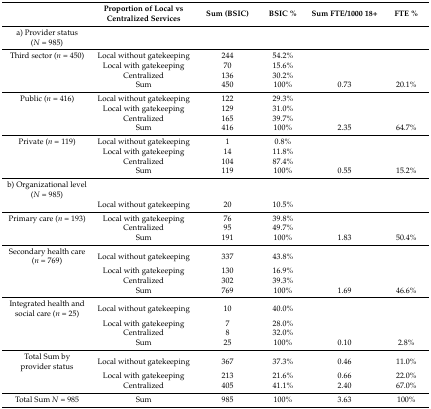
|  | Proportion of Local vs Centralized Services | Sum (BSIC) | BSIC % | Sum FTE/1000 18+ | FTE % |
 | --- | --- | --- | --- | --- | --- |
 | a) Provider status (N = 985) |  |  |  |  |  |
 | Third sector (n = 450) | Local without gatekeeping | 244 | 54.2% |  |  |
 |  | Local with gatekeeping | 70 | 15.6% |  |  |
 |  | Centralized | 136 | 30.2% |  |  |
 |  | Sum | 450 | 100% | 0.73 | 20.1% |
 | Public (n = 416) | Local without gatekeeping | 122 | 29.3% |  |  |
 |  | Local with gatekeeping | 129 | 31.0% |  |  |
 |  | Centralized | 165 | 39.7% |  |  |
 |  | Sum | 416 | 100% | 2.35 | 64.7% |
 | Private (n = 119) | Local without gatekeeping | 1 | 0.8% |  |  |
 |  | Local with gatekeeping | 14 | 11.8% |  |  |
 |  | Centralized | 104 | 87.4% |  |  |
 |  | Sum | 119 | 100% | 0.55 | 15.2% |
 | b) Organizational level (N = 985) |  |  |  |  |  |
 |  | Local without gatekeeping | 20 | 10.5% |  |  |
 | Primary care (n = 193) | Local with gatekeeping | 76 | 39.8% |  |  |
 |  | Centralized | 95 | 49.7% |  |  |
 |  | Sum | 191 | 100% | 1.83 | 50.4% |
 | Secondary health care (n = 769) | Local without gatekeeping | 337 | 43.8% |  |  |
 |  | Local with gatekeeping | 130 | 16.9% |  |  |
 |  | Centralized | 302 | 39.3% |  |  |
 |  | Sum | 769 | 100% | 1.69 | 46.6% |
 | Integrated health and social care (n = 25) | Local without gatekeeping | 10 | 40.0% |  |  |
 |  | Local with gatekeeping | 7 | 28.0% |  |  |
 |  | Centralized | 8 | 32.0% |  |  |
 |  | Sum | 25 | 100% | 0.10 | 2.8% |
 | Total Sum by provider status | Local without gatekeeping | 367 | 37.3% | 0.46 | 11.0% |
 |  | Local with gatekeeping | 213 | 21.6% | 0.66 | 22.0% |
 |  | Centralized | 405 | 41.1% | 2.40 | 67.0% |
 | Total Sum N = 985 | Sum | 985 | 100% | 3.63 | 100% |